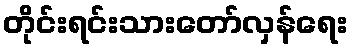
တိုင်းရင်းသားတော်လှန်ရေး